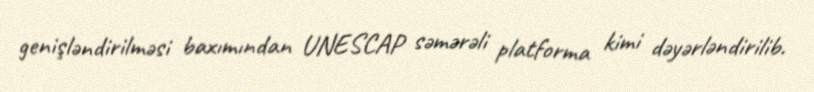
genişləndirilməsi baxımından UNESCAP səmərəli platforma kimi dəyərləndirilib.